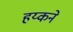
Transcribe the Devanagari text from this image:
हय्कने